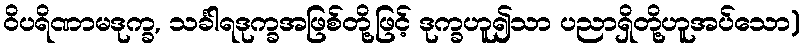
ဝိပရိဏာမဒုက္ခ, သင်္ခါရဒုက္ခအဖြစ်တို့ဖြင့် ဒုက္ခဟူ၍သာ ပညာရှိတို့ဟူအပ်သော)